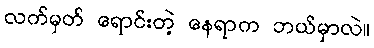
လက်မှတ် ရောင်းတဲ့ နေရာက ဘယ်မှာလဲ။